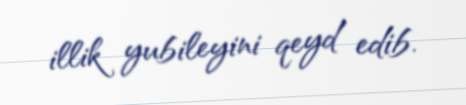
illik yubileyini qeyd edib.